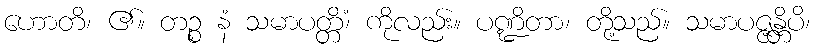
ဟောတိ၊ ၏။ တဉ္စ နံ သမာပတ္တိံ၊ ကိုလည်း။ ပဏ္ဍိတာ၊ တို့သည်။ သမာပဇ္ဇန္တိပိ၊